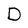
Character: D